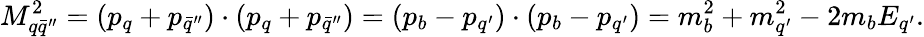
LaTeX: M_{q\bar{q}^{\prime\prime}}^{2}=(p_{q}+p_{\bar{q}^{\prime\prime}})\cdot(p_{q}+p_{\bar{q}^{\prime\prime}})=(p_{b}-p_{q^{\prime}})\cdot(p_{b}-p_{q^{\prime}})=m_{b}^{2}+m_{q^{\prime}}^{2}-2m_{b}E_{q^{\prime}}.